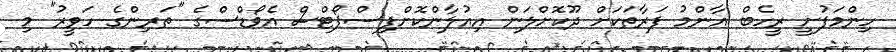
ހިންމަފުށީ ރީހެބް އާންމު ފަރާތަކަށް ދޫކޮށްލަން އިއުލާންކޮށްފިސްޕޯޓްސް އެވޯޑްސްގެ "ތަރިންގެ ހަވީރު" މި